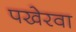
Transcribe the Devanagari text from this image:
पखेरवा